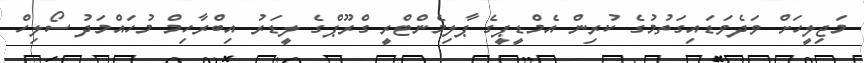
މަޖިލީހަށް ވަދެވަޑައިގަތުމުގެ ކުރިން އެމްޑީޕީގެ ޕާލިމެންޓްރީ ގްރޫޕްގެ ލީޑަރު އިބްރާހިމް މުހައްމަދު ސޯލިހް